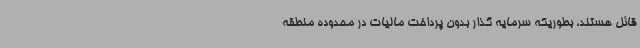
قائل هستند، بطوریکه سرمایه گذار بدون پرداخت مالیات در محدوده منطقه